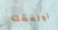
اوافقك